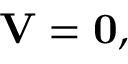
\mathbf { V } = \mathbf { 0 } ,